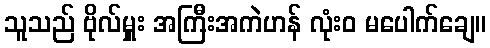
သူသည် ဗိုလ်မှူး အကြီးအကဲဟန် လုံးဝ မပေါက်ချေ။